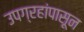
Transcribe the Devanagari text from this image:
उपग्रहांपासून